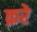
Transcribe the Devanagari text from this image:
क्ररे